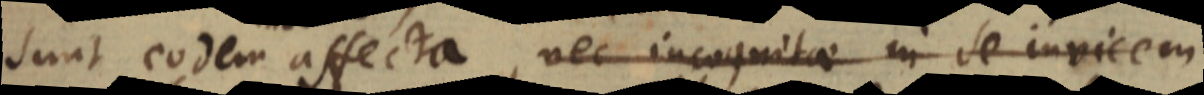
sunt eodem affecta, nec incognitae in se invicem